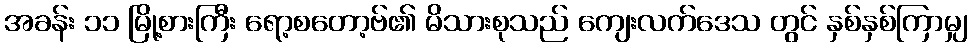
အခန်း ၁၁ မြို့စားကြီး ရော့စတော့ဗ်၏ မိသားစုသည် ကျေးလက်ဒေသ တွင် နှစ်နှစ်ကြာမျှ